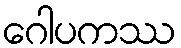
ဂေါပကဿ